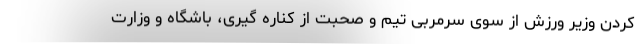
کردن وزیر ورزش از سوی سرمربی تیم و صحبت از کناره گیری، باشگاه و وزارت